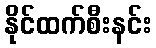
နိုင်ထက်စီးနင်း